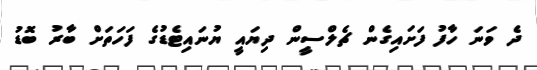
ދެ ވަނަ ހާފު ފަށައިގެން ޗެލްސީން ދިޔައީ ޔުނައިޓެޑުގެ ފަހަތަށް ބާރު ބޮޑު